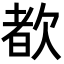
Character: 𬅩